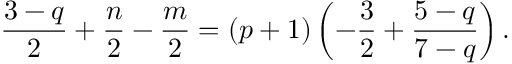
\frac { 3 - q } { 2 } + \frac { n } { 2 } - \frac { m } { 2 } = \left( p + 1 \right) \left( - \frac { 3 } { 2 } + \frac { 5 - q } { 7 - q } \right) .